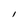
Character: I